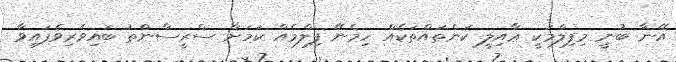
އޭނާ ބުނީ މިފިލްމަކީ ޢާއިލީ ކަންތައްތަކެއް ހިމެނޭ ފިލްމެއް ކަމަށާ ސްރީސާންތު ބައިވެރިވެފައިވާ